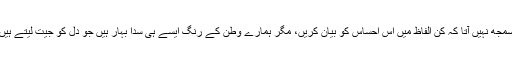
سمجھ نہیں آتا کہ کن الفاظ میں اس احساس کو بیان کریں، مگر ہمارے وطن کے رنگ ایسے ہی سدا بہار ہیں جو دل کو جیت لیتے ہیں۔